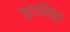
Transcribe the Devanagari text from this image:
भूतविधा